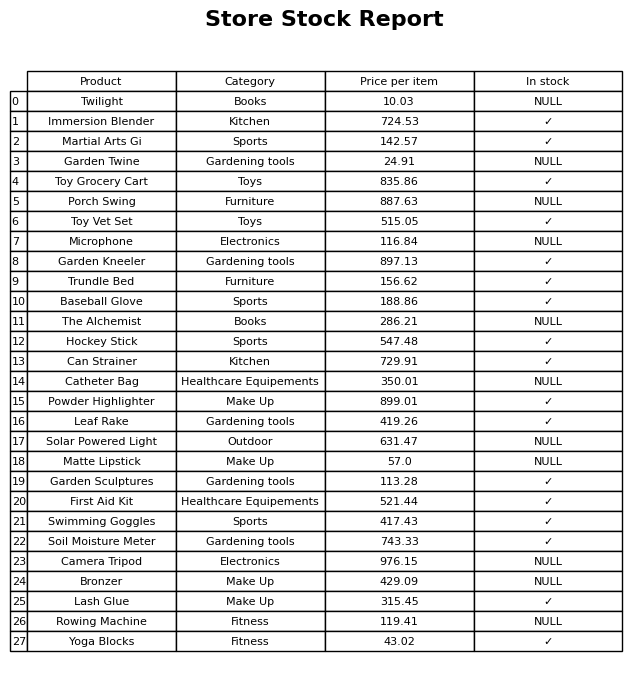
question: What is the stock status of the Camera Tripod?
answer: NULL